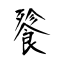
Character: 餮